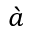
\grave { a }